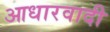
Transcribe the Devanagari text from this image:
आधारवादी